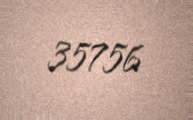
35756